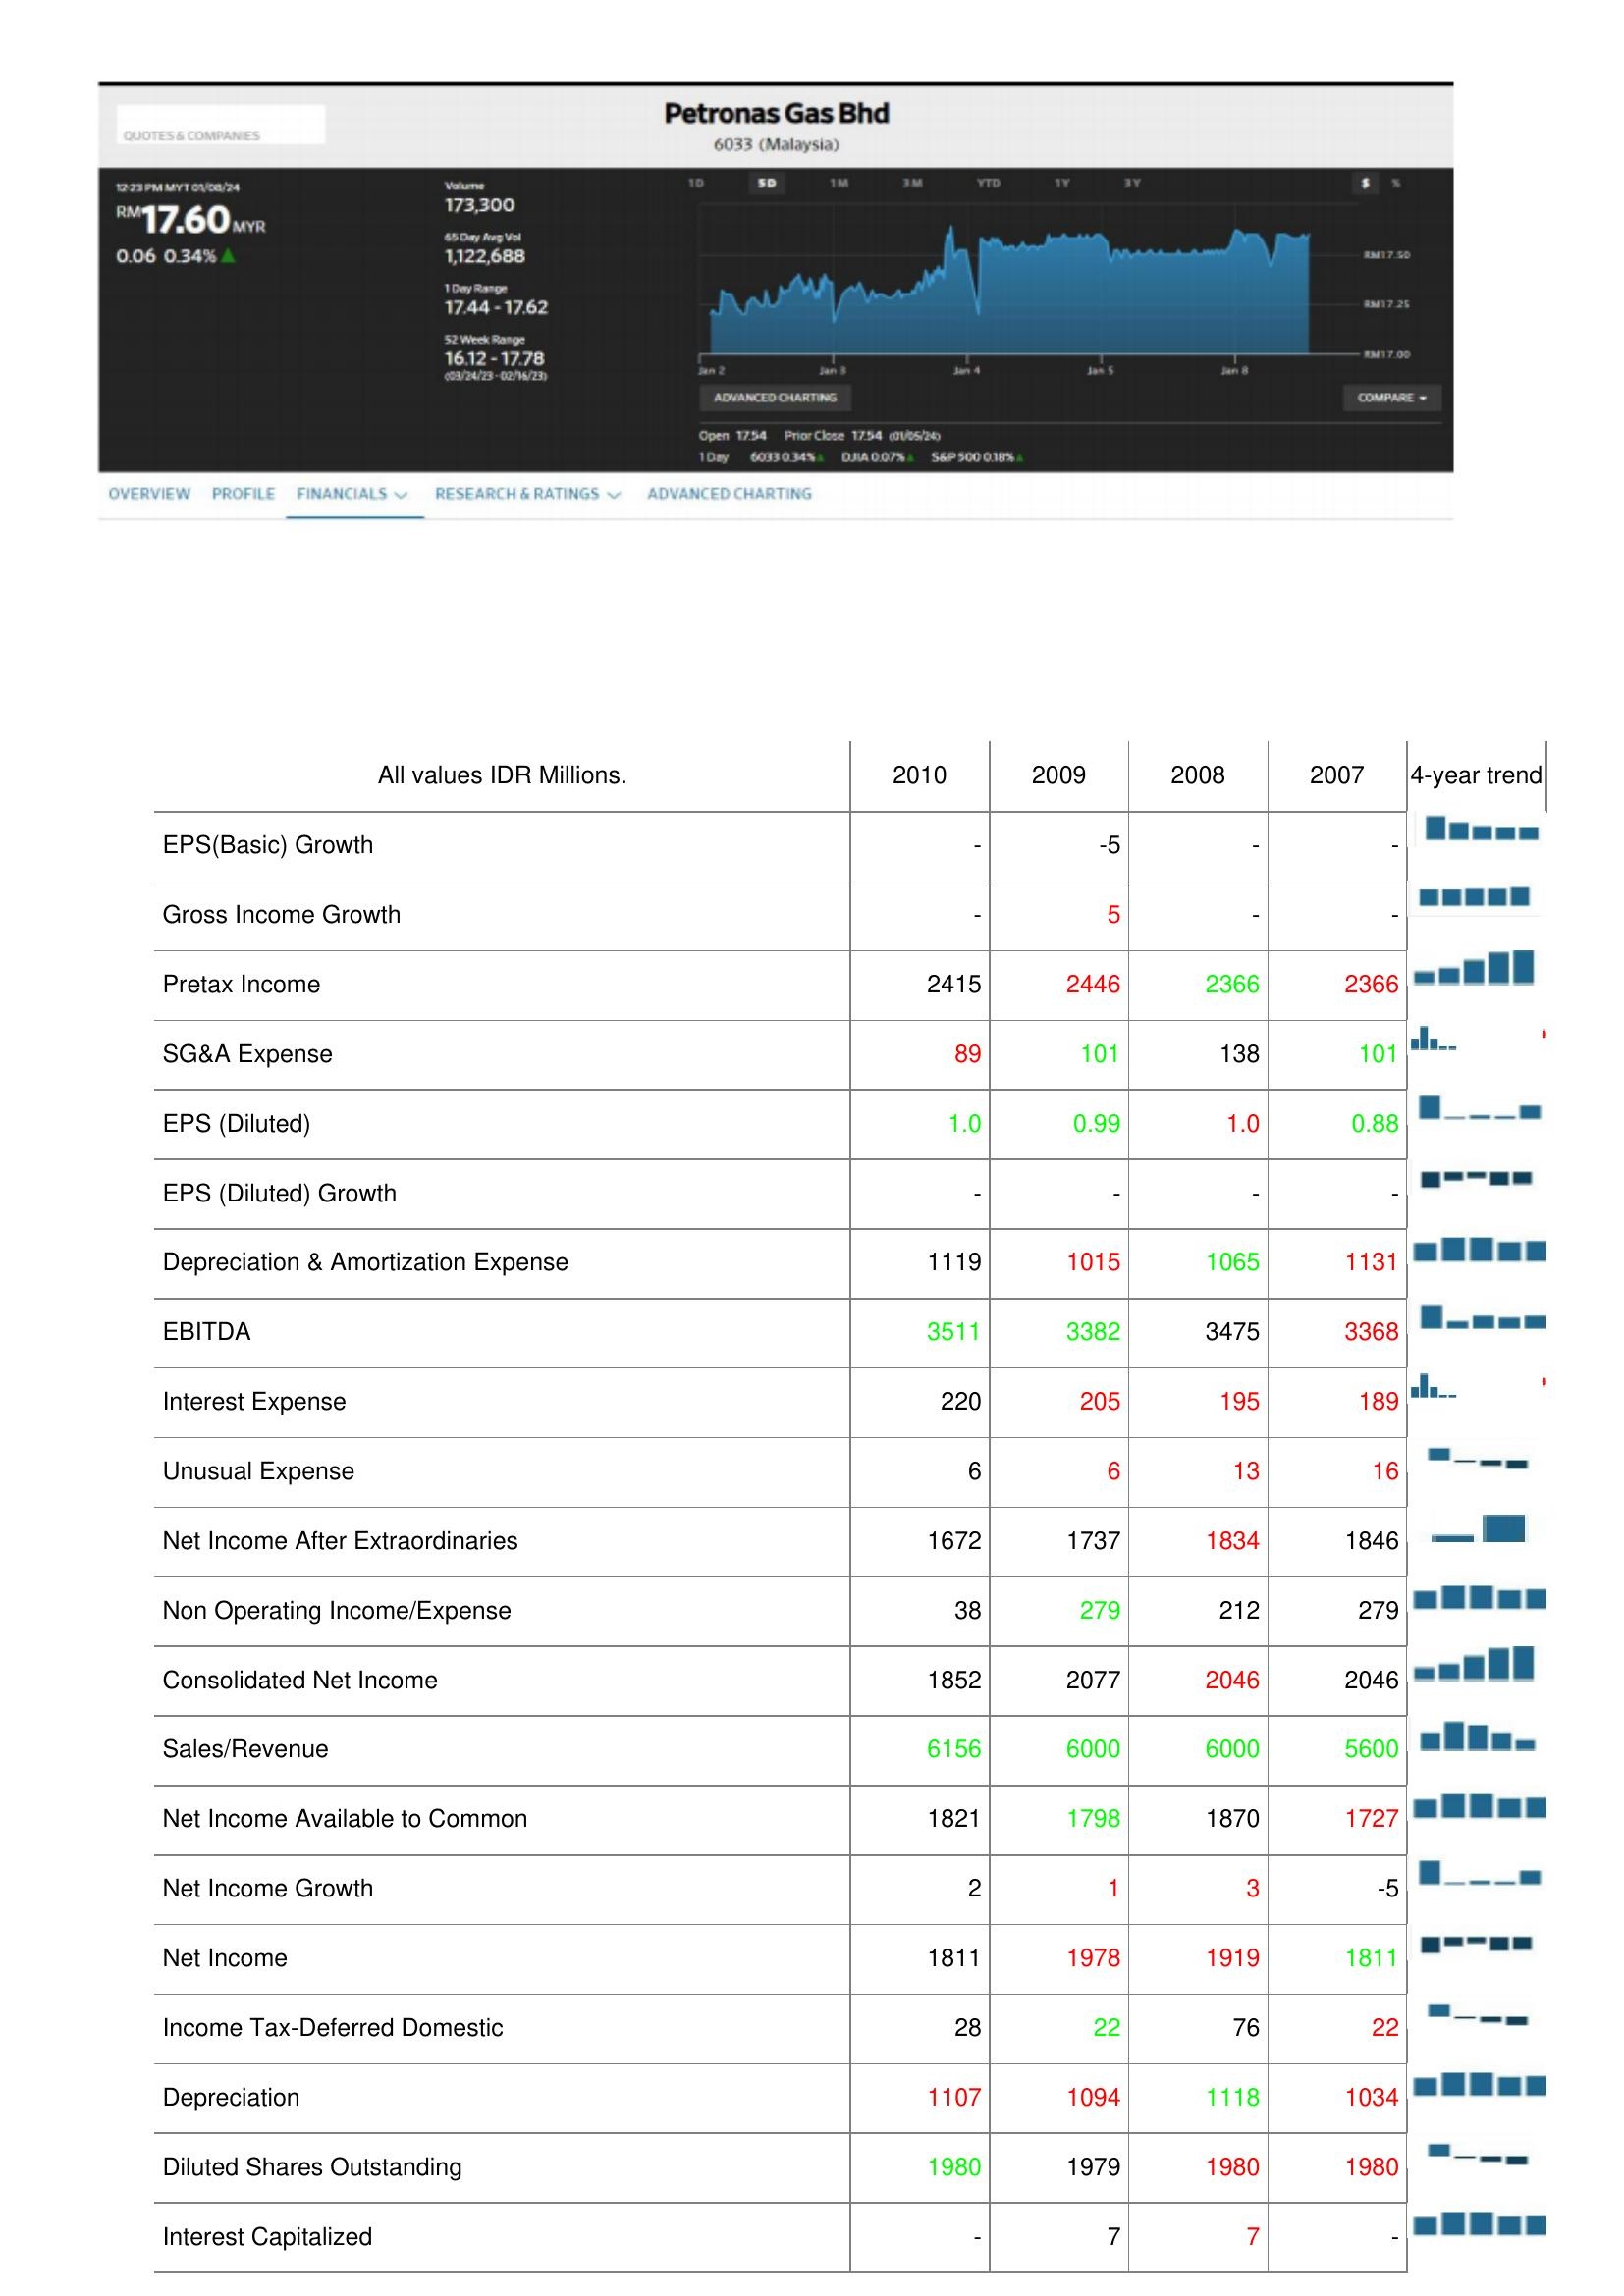
2010: : EPS(Basic) Growth: -
Gross Income Growth: -
Pretax Income: 2415
SG&A Expense: 89
EPS (Diluted): 1.0
EPS (Diluted) Growth: -
Depreciation & Amortization Expense: 1119
EBITDA: 3511
Interest Expense: 220
Unusual Expense: 6
Net Income After Extraordinaries: 1672
Non Operating Income/Expense: 38
Consolidated Net Income: 1852
Sales/Revenue: 6156
Net Income Available to Common: 1821
Net Income Growth: 2
Net Income: 1811
Income Tax-Deferred Domestic: 28
Depreciation: 1107
Diluted Shares Outstanding: 1980
Interest Capitalized: -
2009: : EPS(Basic) Growth: -5
Gross Income Growth: 5
Pretax Income: 2446
SG&A Expense: 101
EPS (Diluted): 0.99
EPS (Diluted) Growth: -
Depreciation & Amortization Expense: 1015
EBITDA: 3382
Interest Expense: 205
Unusual Expense: 6
Net Income After Extraordinaries: 1737
Non Operating Income/Expense: 279
Consolidated Net Income: 2077
Sales/Revenue: 6000
Net Income Available to Common: 1798
Net Income Growth: 1
Net Income: 1978
Income Tax-Deferred Domestic: 22
Depreciation: 1094
Diluted Shares Outstanding: 1979
Interest Capitalized: 7
2008: : EPS(Basic) Growth: -
Gross Income Growth: -
Pretax Income: 2366
SG&A Expense: 138
EPS (Diluted): 1.0
EPS (Diluted) Growth: -
Depreciation & Amortization Expense: 1065
EBITDA: 3475
Interest Expense: 195
Unusual Expense: 13
Net Income After Extraordinaries: 1834
Non Operating Income/Expense: 212
Consolidated Net Income: 2046
Sales/Revenue: 6000
Net Income Available to Common: 1870
Net Income Growth: 3
Net Income: 1919
Income Tax-Deferred Domestic: 76
Depreciation: 1118
Diluted Shares Outstanding: 1980
Interest Capitalized: 7
2007: : EPS(Basic) Growth: -
Gross Income Growth: -
Pretax Income: 2366
SG&A Expense: 101
EPS (Diluted): 0.88
EPS (Diluted) Growth: -
Depreciation & Amortization Expense: 1131
EBITDA: 3368
Interest Expense: 189
Unusual Expense: 16
Net Income After Extraordinaries: 1846
Non Operating Income/Expense: 279
Consolidated Net Income: 2046
Sales/Revenue: 5600
Net Income Available to Common: 1727
Net Income Growth: -5
Net Income: 1811
Income Tax-Deferred Domestic: 22
Depreciation: 1034
Diluted Shares Outstanding: 1980
Interest Capitalized: -